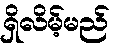
ရှိလိမ့်မည်